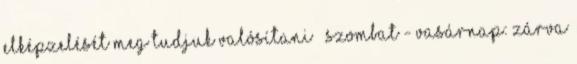
elképzelését meg tudjuk valósítani » Szombat - Vasárnap: ZÁRVA